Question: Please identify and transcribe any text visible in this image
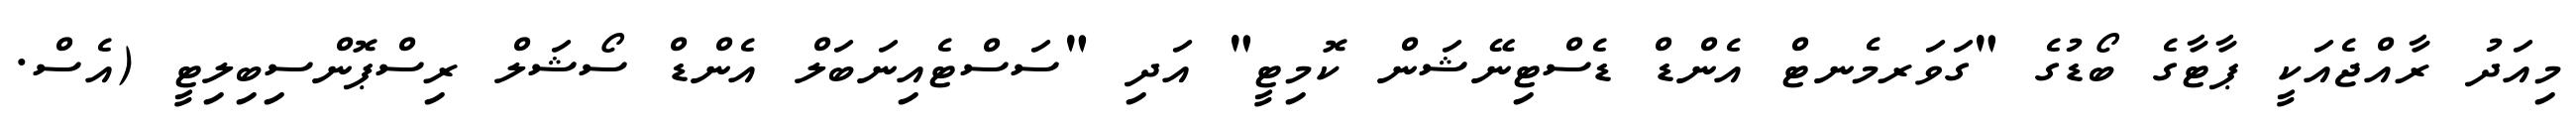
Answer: މިއަދު ރާއްޖެއަކީ ޕާޓާގެ ބޯޑުގެ "ގަވަރމެނޓް އެންޑް ޑެސްޓިނޭޝަން ކޮމިޓީ" އަދި "ސަސްޓެއިނަބަލް އެންޑް ސޯޝަލް ރިސްޕޮންސިބިލިޓީ (އެސް.